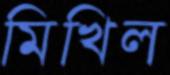
মিখিল